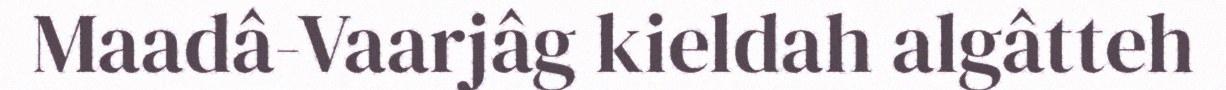
Maadâ-Vaarjâg kieldah algâtteh